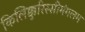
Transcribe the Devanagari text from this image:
किलिक्कुरिस्सीमंगलम